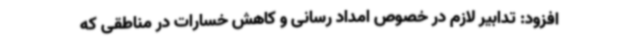
افزود: تدابیر لازم در خصوص امداد رسانی و کاهش خسارات در مناطقی که